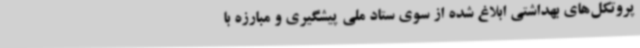
پروتکل‌های بهداشتی ابلاغ شده از سوی ستاد ملی پیشگیری و مبارزه با